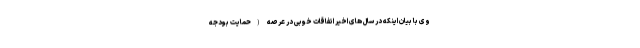
وی با بیان اینکه در سال های اخیر اتفاقات خوبی در عرصه (حمایت بودجه